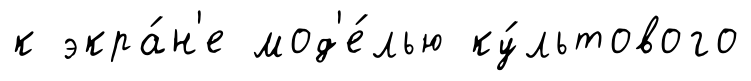
к экра́н'е мод'е́лью ку́льтового